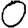
Digit: 0